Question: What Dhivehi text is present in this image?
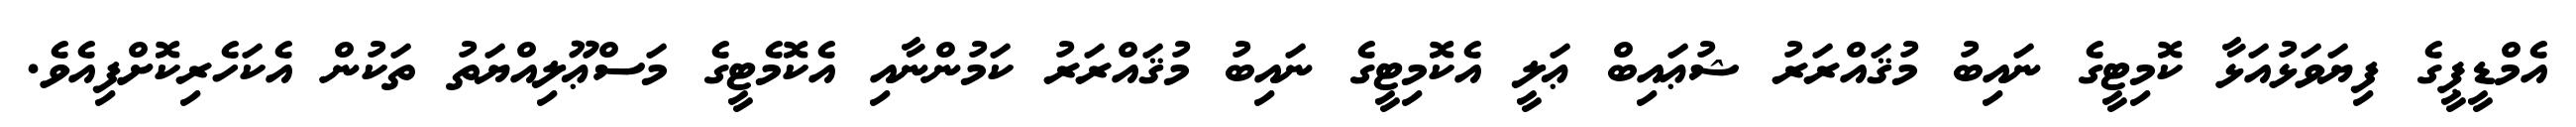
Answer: އެމްޑީޕީގެ ފިޔަވަޅުއަޅާ ކޮމިޓީގެ ނައިބު މުޤައްރަރު ޝުޢައިބް ޢަލީ އެކޮމިޓީގެ ނައިބު މުޤައްރަރު ކަމުންނާއި އެކޮމެޓީގެ މަސްޢޫލިއްޔަތު ތަކުން އެކަހެރިކޮށްފިއެވެ.